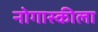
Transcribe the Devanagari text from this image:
नोगास्कीला